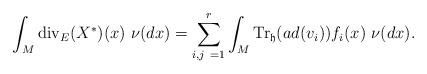
LaTeX: \begin{align*} \int_M\textrm{div}_E(X^*)(x)~\nu(dx)=\sum_{i,j~=1}^r \int_M \textrm{Tr}_{\mathfrak{h}}(ad(v_i)) f_i(x)~\nu(dx).\end{align*}